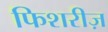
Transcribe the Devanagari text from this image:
फिशरीज़